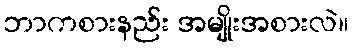
ဘာကစားနည်း အမျိုးအစားလဲ။